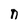
Character: n